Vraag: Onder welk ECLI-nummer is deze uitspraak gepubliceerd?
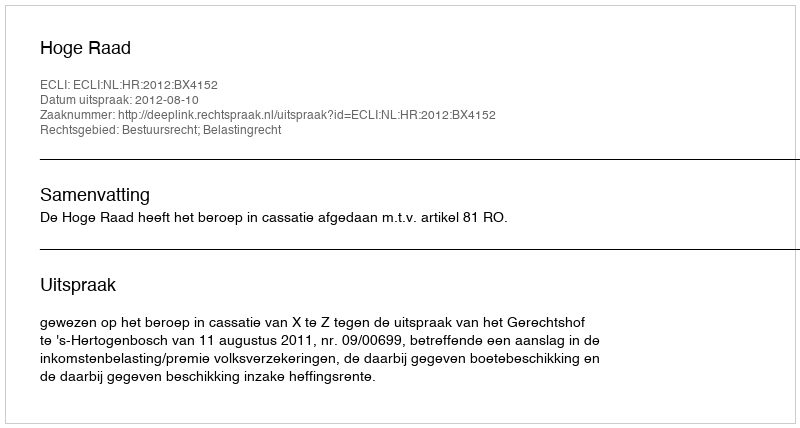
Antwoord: ECLI:NL:HR:2012:BX4152